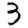
Digit: 3